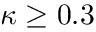
\kappa \geq 0 . 3